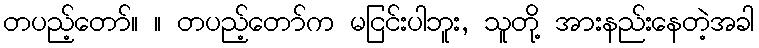
တပည့်တော်။ ။ တပည့်တော်က မငြင်းပါဘူး, သူတို့ အားနည်းနေတဲ့အခါ